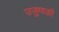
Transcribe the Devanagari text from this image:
उजुमाकी